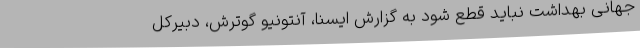
جهانی بهداشت نباید قطع شود به گزارش ایسنا، آنتونیو گوترش، دبیرکل